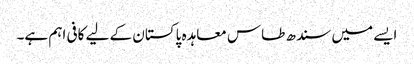
ایسے میں سندھ طاس معاہدہ پاکستان کے لیے کافی اہم ہے۔